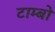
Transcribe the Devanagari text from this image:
टाम्बो